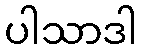
ပါသာဒါ